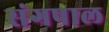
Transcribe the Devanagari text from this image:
संगपाल